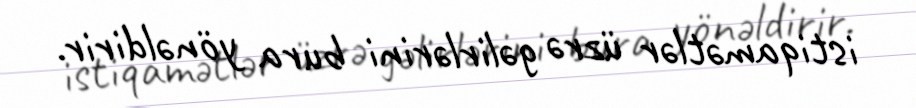
istiqamətlər üzrə gəlirlərini bura yönəldirir.